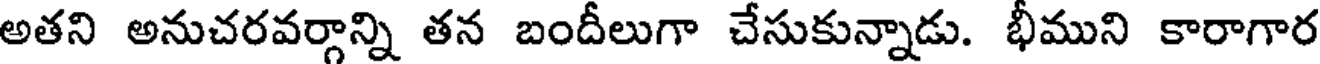
అతని అనుచరవర్గాన్ని తన బందీలుగా చేసుకున్నాడు. భీముని కారాగార